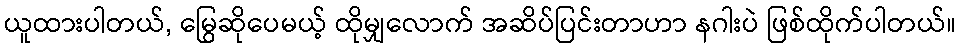
ယူထားပါတယ်, မြွေဆိုပေမယ့် ထိုမျှလောက် အဆိပ်ပြင်းတာဟာ နဂါးပဲ ဖြစ်ထိုက်ပါတယ်။